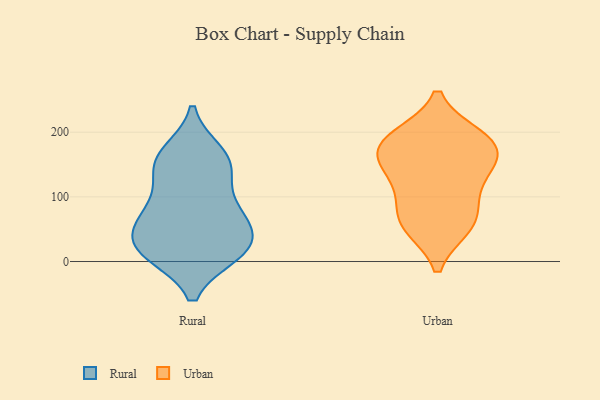
{"axis": {"x": "Production Output", "y": "Value"}, "legend": ["Rural", "Urban"], "data": [{"x": "", "y": 23, "type": "Rural"}, {"x": "", "y": 146, "type": "Rural"}, {"x": "", "y": 91, "type": "Rural"}, {"x": "", "y": 153, "type": "Rural"}, {"x": "", "y": 21, "type": "Rural"}, {"x": "", "y": 14, "type": "Rural"}, {"x": "", "y": 17, "type": "Rural"}, {"x": "", "y": 166, "type": "Rural"}, {"x": "", "y": 66, "type": "Rural"}, {"x": "", "y": 23, "type": "Rural"}, {"x": "", "y": 151, "type": "Rural"}, {"x": "", "y": 63, "type": "Rural"}, {"x": "", "y": 73, "type": "Rural"}, {"x": "", "y": 138, "type": "Urban"}, {"x": "", "y": 97, "type": "Urban"}, {"x": "", "y": 95, "type": "Urban"}, {"x": "", "y": 148, "type": "Urban"}, {"x": "", "y": 54, "type": "Urban"}, {"x": "", "y": 57, "type": "Urban"}, {"x": "", "y": 177, "type": "Urban"}, {"x": "", "y": 168, "type": "Urban"}, {"x": "", "y": 53, "type": "Urban"}, {"x": "", "y": 190, "type": "Urban"}, {"x": "", "y": 194, "type": "Urban"}, {"x": "", "y": 193, "type": "Urban"}, {"x": "", "y": 148, "type": "Urban"}]}